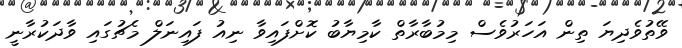
ވޭތުވެދިޔަ ތިން އަހަރުވެސް މިމުބާރާތް ކާމިޔާބު ކޮށްފައިވާ ނިއު ފައިނަލް މެޗުގައި ވާދަކުރާނީ